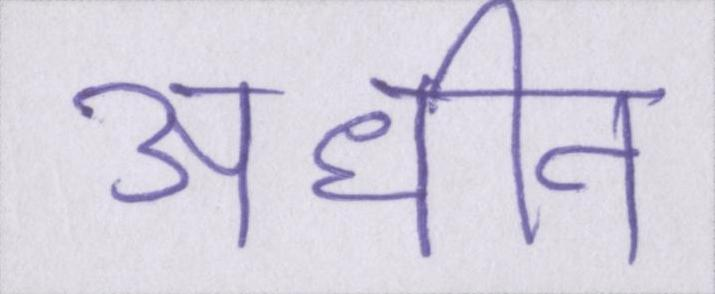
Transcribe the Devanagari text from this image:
अधीन